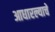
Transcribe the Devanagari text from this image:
आधारल्याचे